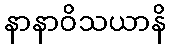
နာနာဝိသယာနိ